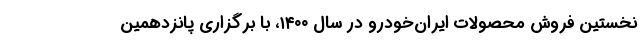
نخستین فروش محصولات ایران‌خودرو در سال ۱۴۰۰، با برگزاری پانزدهمین